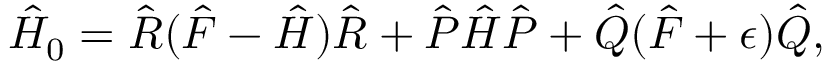
\begin{array} { r } { \hat { H } _ { 0 } = \hat { R } ( \hat { F } - \hat { H } ) \hat { R } + \hat { P } \hat { H } \hat { P } + \hat { Q } ( \hat { F } + \epsilon ) \hat { Q } , } \end{array}